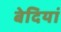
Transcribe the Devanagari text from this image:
बेदियां